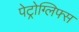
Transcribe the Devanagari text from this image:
पेट्रोग्लिफ्स